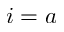
i = a